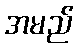
အမည်